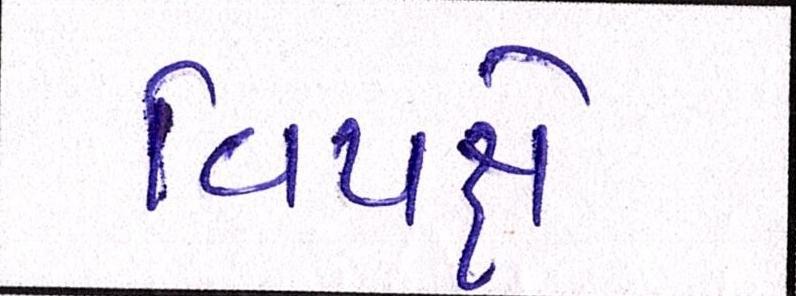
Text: વિપક્ષે